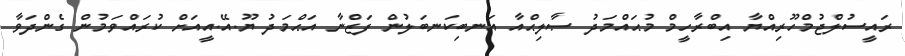
ރައީސުލްޖުމްހޫރިއްޔާ އިބްރާހީމް މުޙައްމަދު ޞާލިޙްއާ އަނބިކަނބަލުން ފަޒްނާ އަޙްމަދު ޔޫ.އޭ.އީއަށް ކުރައްވަމުން ގެންދަވާ